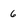
Character: 6